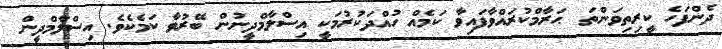
ދެންފަހެ ކީރިތިވަންތަ  ޙަރާމްކުރައްވާފައިވާ ކަމެއް ހުއްދަކުރުމަކީ އިސްލާމްދީނުން ބޭރުވާ ކަމެކެވެ. އިސްލާމްދީން